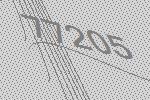
77205